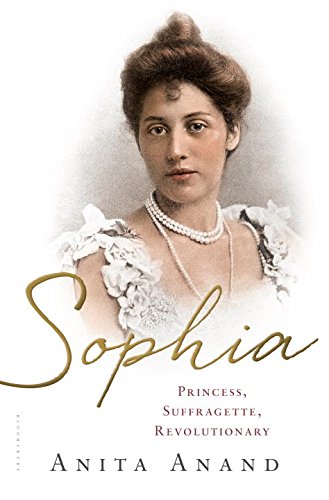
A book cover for Sophia: Princess, Suffragette, Revolutionary; Anita Anand; Biographies & Memoirs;